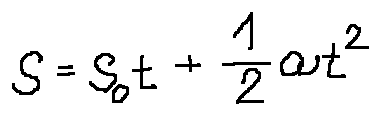
s = s _ { 0 } t + \frac { 1 } { 2 } a t ^ { 2 }